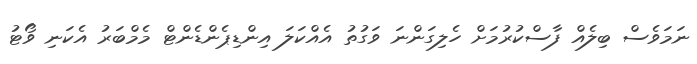
ނަމަވެސް ބިލެއް ފާސްކުރުމަށް ހެލިގަންނަ ވަގުތު އެއްކަލަ އިންޑިޕެންޑެންޓް މެމްބަރު އެކަނި ވޯޓު